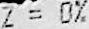
Z = 0%